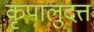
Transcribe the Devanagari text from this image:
कृपालुदत्त